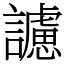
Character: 𧭜